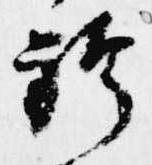
袴